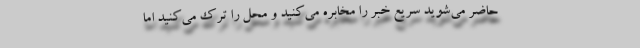
حاضر می‌شوید سریع خبر را مخابره می‌کنید و محل را ترک می‌کنید اما